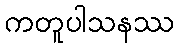
ကတူပါသနဿ